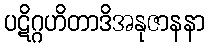
ပဋိဂ္ဂဟိတာဒိအနုဇာနနာ